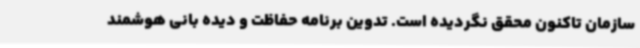
سازمان تاکنون محقق نگردیده است. تدوین برنامه حفاظت و دیده بانی هوشمند